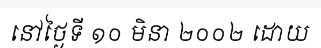
នៅថ្ងៃទី ១០ មិនា ២០០២ ដោយ